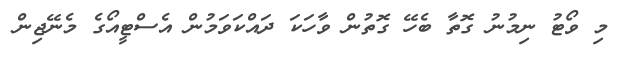
މި ވޯޓު ނިމުނު ގޮތާ ބެހޭ ގޮތުން ވާހަކަ ދައްކަވަމުން އެސްޓީއޯގެ މެނޭޖިން